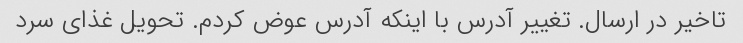
تاخیر در ارسال. تغییر آدرس با اینکه آدرس عوض کردم. تحویل غذای سرد